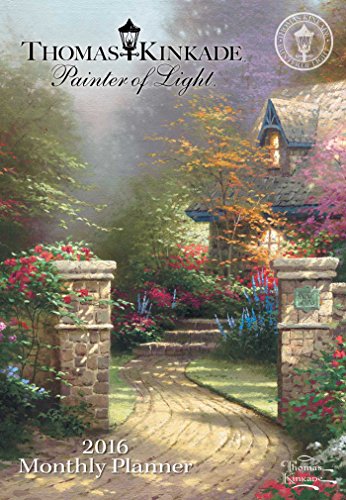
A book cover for Thomas Kinkade Painter of Light 2016 Monthly Pocket Planner Calendar; Thomas Kinkade; Arts & Photography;